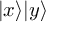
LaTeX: | x \rangle | y \rangle